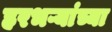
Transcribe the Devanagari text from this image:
हरभऱ्यांच्या